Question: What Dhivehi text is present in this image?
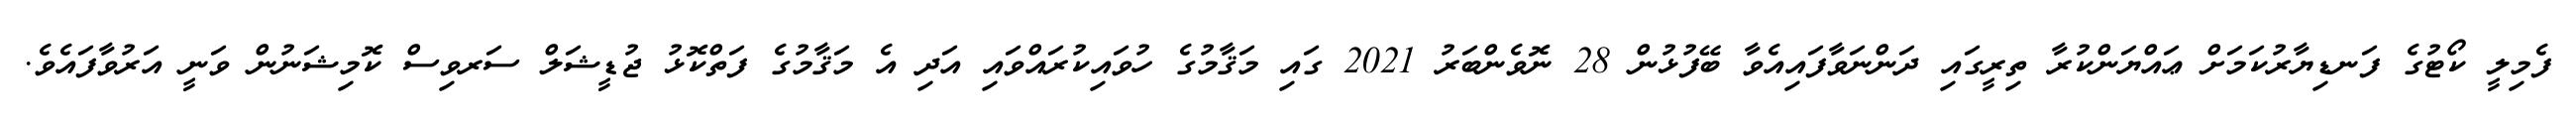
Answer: ފެމިލީ ކޯޓުގެ ފަނޑިޔާރުކަމަށް ޢައްޔަންކުރާ ތިރީގައި ދަންނަވާފައިއެވާ ބޭފުޅުން 28 ނޮވެންބަރު 2021 ގައި މަޤާމުގެ ހުވައިކުރައްވައި އަދި އެ މަޤާމުގެ ފަތްކޮޅު ޖުޑީޝަލް ސަރވިސް ކޮމިޝަނުން ވަނީ އަރުވާފައެވެ.